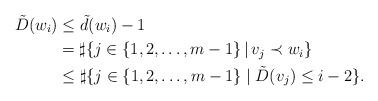
LaTeX: \begin{align*}\tilde{D}(w_i) &\leq \tilde{d}(w_i)-1 \\ &= \sharp\{j\in \{1,2,\dots,m-1\}\,|\,v_j \prec w_i\} \\&\leq \sharp\{j\in \{1,2,\dots,m-1\}\mid \tilde{D}(v_j)\leq i-2\}.\end{align*}